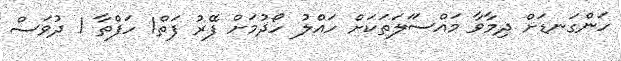
ހަންގަނޑަށް ދިމާވާ މައްސަަލަތަކަށް ހައްލު ހޯދުމަށް ފޭރު ފަތް1 ހަފްތާ 1 ދުވަސް